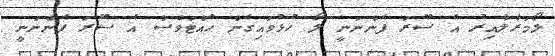
ލޯމަރާލާއިރު އެ ސޫރަ ފެންނަނީ ލޯ ހުޅުވައިގެން ހުއްޓަވެސް އެ ސޫރަ ފެންނަނީ